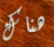
هناك